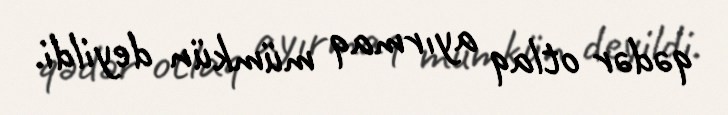
qədər otlaq ayırmaq mümkün deyildi.